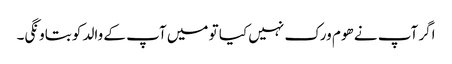
اگر آپ نے ھوم ورک نہیں کیا تو میں آپ کے والد کو بتاونگی۔